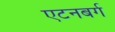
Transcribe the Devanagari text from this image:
एटनबर्ग